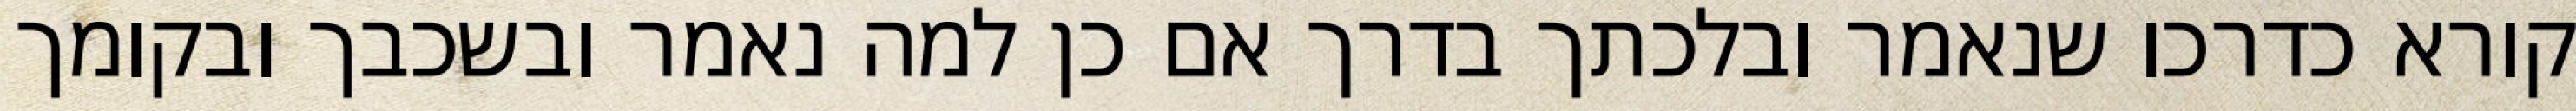
קורא כדרכו שנאמר ובלכתך בדרך אם כן למה נאמר ובשכבך ובקומך